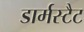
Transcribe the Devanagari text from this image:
डार्मस्टैट